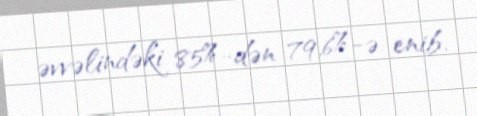
əvvəlindəki 85%-dən 79,6%-ə enib.